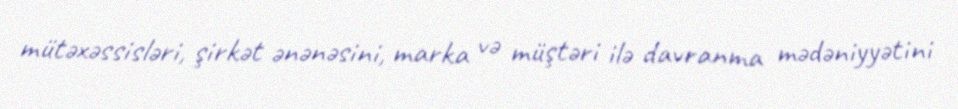
mütəxəssisləri, şirkət ənənəsini, marka və müştəri ilə davranma mədəniyyətini